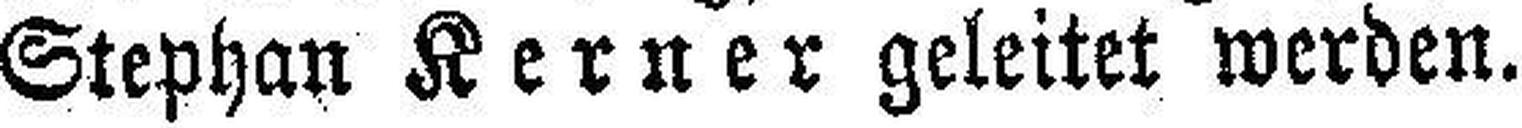
Stephan Kerner geleitet werden.